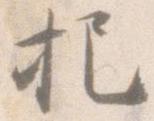
把